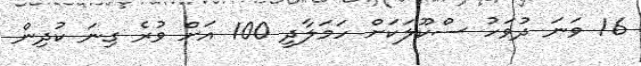
16 ވަނަ ދުވަހު ސްކޫލަކަށް ހަމަލާދީ 100 އަށް ވުރެ ގިނަ ކުދިން